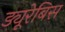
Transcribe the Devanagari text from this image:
ड्यूरेबिस